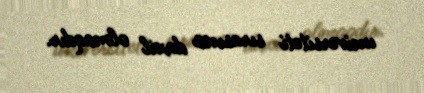
universiteti sırasına daxil olmaqdır.